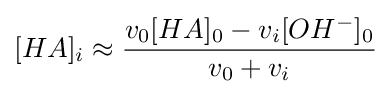
[HA]_{i}\approx {\frac {v_{0}[HA]_{0}-v_{i}[OH^{-}]_{0}}{v_{0}+v_{i}}}